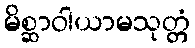
မိစ္ဆာဝါယာမသုတ္တံ